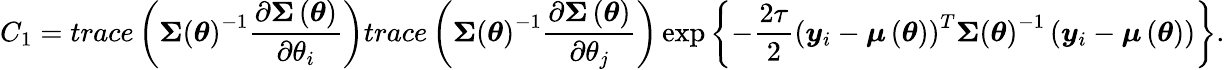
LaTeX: C_{1}=trace\left(\boldsymbol{\Sigma}\left(\boldsymbol{\theta}\right)^{-1}\frac{\partial\boldsymbol{\Sigma}\left(\boldsymbol{\theta}\right)}{\partial\theta_{i}}\right)trace\left(\boldsymbol{\Sigma}\left(\boldsymbol{\theta}\right)^{-1}\frac{\partial\boldsymbol{\Sigma}\left(\boldsymbol{\theta}\right)}{\partial\theta_{j}}\right)\exp\left\{ -\frac{2\tau}{2}\left(\boldsymbol{y}_{i}-\boldsymbol{\mu}\left(\boldsymbol{\theta}\right)\right)^{T}\boldsymbol{\Sigma}\left(\boldsymbol{\theta}\right)^{-1}\left(\boldsymbol{y}_{i}-\boldsymbol{\mu}\left(\boldsymbol{\theta}\right)\right)\right\} .